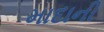
માદાની